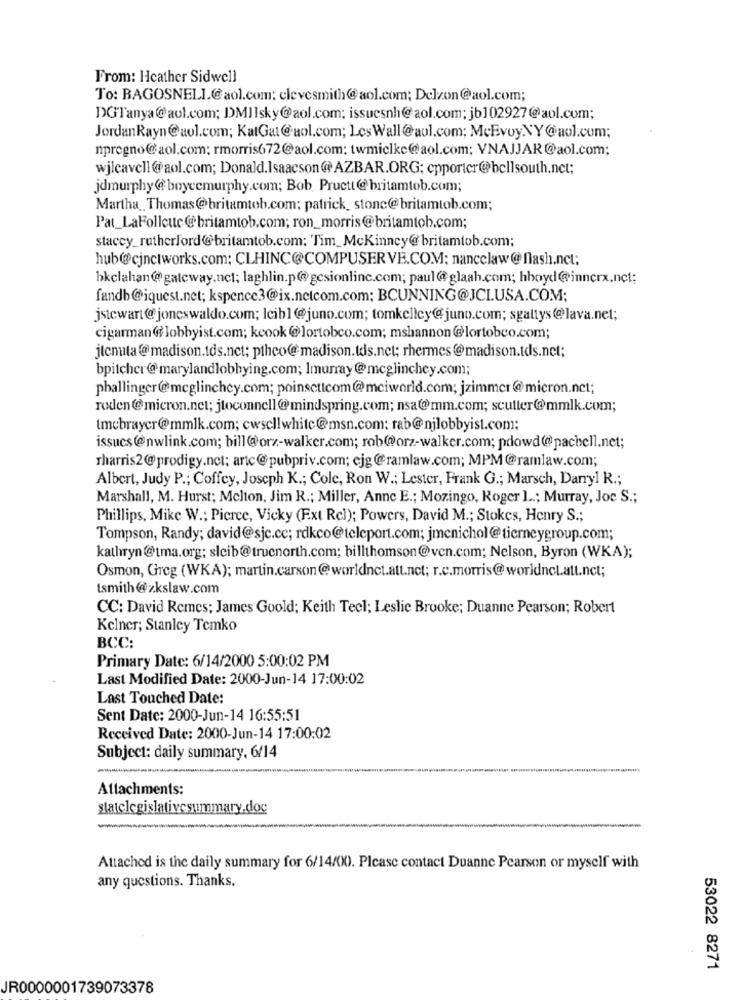
From: Heather Sidwell
To: BAGOSNELI.@aol.com: clevesmith@aol.com; Delzon@aol.com;
DGTanya@aol.com; DMIIsky@aol.com; issuesnh@aol.com; jb102927@aol.com;
JordanRayn@aol.com; KatGal@aol.com; LcsWall@aol.com; McEvoyNY@aol.com;
npregno@aol.com: rmorris672@aol.com; twmielke@aol.com; VNAJJAR@aol.com;
wjicavell@aol.com; Donald.Isaacson@AZBAR.ORG: cpportcr@bellsouth.nct;
jdmurphy@boycemurphy.com; Bob. Pructt@ britamtob.com;
Martha_Thomas@britamtob.com: patrick, stone@britamtob.com;
Pat_LaFollette@britamtob.com; ron_morris@britamtob.com;
stacey_rutherford@britamtob.com: Tim_McKinney@britamtob.com;
hub@cjnetworks.com: CLHINC@COMPUSERVE.COM; nancclaw@flash.nct;
bkclahan@@gateway.nct; laghlin.p@gcsionlinc.com; paul@glaah.com; hboyd@innerx.nct;
fandb@iquest.net; kspence3@ix.netcom.com; BCUNNING@JCLUSA.COM;
jstewart @joneswaldo.com; Icibl@juno.com; tomkelley@juno.com; sgattys@lava.net;
cigarman@lobbyist.com; kcook @lortobco.com; mshannon @lortobco.com;
jtenuta @madison.tds.net; ptheo@@madison.tds.net; rhermes@madison.tds.net;
bpitcher@marylandlobbying.com; lmurray@mcglinchey.com;
phallinger@meglinchey.com; poinsettcom@mciworld.com; jzimmer@micron.net;
roden @micron.net; jtoconnell@mindspring.com; nsa@mm.com; sculler@mmlk.com;
tmebrayer@mmlk.com; cwscllwhite@msn.com: rab@njlobbyist.com;
issucs@nwlink.com; bill@orz-walker.com; rob@orz-walker.com; pdowd@pacbell.net;
rharris2@prodigy.nct: artc@pubpriv.com; cjg@ramlaw.com; MPM@ramlaw.com;
Albert, Judy P .; Coffey, Joseph K .; Cole, Ron W .; Lester, Frank G .; Marsch, Darryl R .;
Marshall, M. Hurst; Melton, Jim R .; Miller, Anne E .; Mozingo, Roger ] ..; Murray, Joe S .;
Phillips, Mike W .; Pierce, Vicky (Ext Rcl); Powers, David M .; Stokes, Henry S .;
Tompson, Randy; david@sjc.cc; rdkco@teleport.com; jmcnichol@tierneygroup.com;
kathryn @tma.org: sleib@trucnorth.com; billthomson@ven.com; Nelson, Byron (WKA);
Osmon, Greg (WKA); martin.carson@worldnet.att.net; r.c.morris@worldncL.att.nct;
tsmith@zkslaw.com
CC: David Remes: James Goold; Keith Teel; Leslie Brooke; Duanne Pearson; Robert
Kelner; Stanley Temko
BCC:
Primary Date: 6/14/2000 5:00:02 PM
Last Modified Date: 2000-Jun-14 17:00:02
Last Touched Date:
Sent Date: 2000-Jun-14 16:55:51
Received Date: 2000-Jun-14 17:00:02
Subject: daily summary, 6/14
Attachments:
statelegislativesummary.doc
Attached is the daily summary for 6/14/00). Please contact Duanne Pearson or myself with
any questions. Thanks.
53022 8271
JR0000001739073378